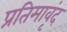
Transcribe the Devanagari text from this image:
प्रतिमावृंद